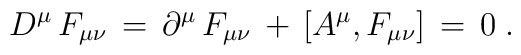
D^{\mu} \, F_{\mu\nu} \, = \, \partial^{\mu} \, F_{\mu\nu} \, +\, [A^{\mu},F_{\mu\nu}] \, = \, 0 \; .